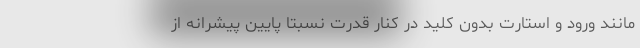
مانند ورود و استارت بدون کلید در کنار قدرت نسبتاً پایین پیشرانه از